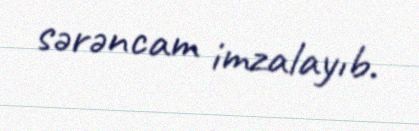
sərəncam imzalayıb.